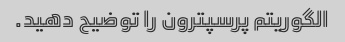
الگوریتم پرسپترون را توضیح دهید.